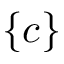
\{ c \}